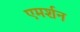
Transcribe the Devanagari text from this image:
एमर्शन